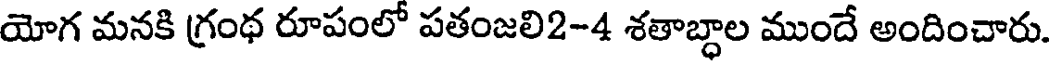
యోగ మనకి గ్రంథ రూపంలో పతంజలి2-4 శతాబ్ధాల ముందే అందించారు.